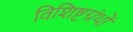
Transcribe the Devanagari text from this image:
विशिष्टग्रंथों